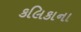
કલિકાના